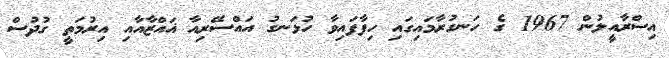
އިސްރާއީލުން 1967 ގެ ހަނގުރާމައިގައި ހިފާފައިވާ ހުޅަނގު އައްސޭރިއާ ޣައްޒާއާއި އިރުމަތީ ގުދުސް